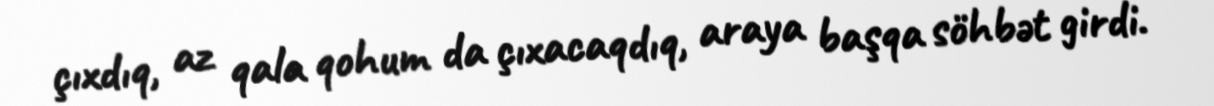
çıxdıq, az qala qohum da çıxacaqdıq, araya başqa söhbət girdi.